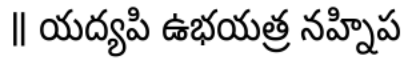
॥ యద్యపి ఉభయత్ర నహ్నిప